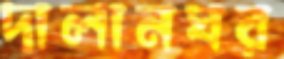
দালানঘর